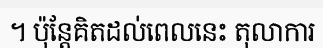
។ ប៉ុន្តែគិតដល់ពេលនេះ តុលាការ